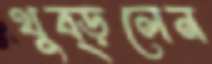
থুব্‌ড়লেন